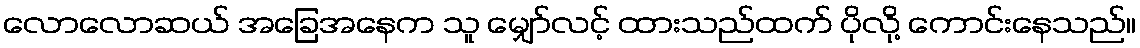
လောလောဆယ် အခြေအနေက သူ မျှော်လင့် ထားသည်ထက် ပိုလို့ ကောင်းနေသည်။